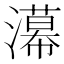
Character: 濗